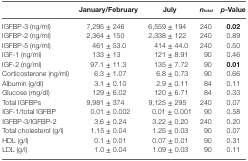
<table><thead><tr><td></td><td><b>January/February</b></td><td><b>July</b></td><td><b><i>n</i><sub>total</sub></b></td><td><b><i>p</i>-Value</b></td></tr></thead><tbody><tr><td>IGFBP-3 (ng/ml)</td><td>7,295 ± 246</td><td>6,559 ± 194</td><td>240</td><td><b>0.02</b></td></tr><tr><td>IGFBP-2 (ng/ml)</td><td>2,364 ± 150</td><td>2,338 ± 122</td><td>240</td><td>0.89</td></tr><tr><td>IGFBP-5 (ng/ml)</td><td>461 ± 53.0</td><td>414 ± 44.0</td><td>240</td><td>0.50</td></tr><tr><td>IGF-1 (ng/ml)</td><td>133 ± 13</td><td>121 ± 8.91</td><td>90</td><td>0.46</td></tr><tr><td>IGF-2 (ng/ml)</td><td>97.1 ± 11.3</td><td>135 ± 7.72</td><td>90</td><td><b>0.01</b></td></tr><tr><td>Corticosterone (ng/ml)</td><td>6.3 ± 1.07</td><td>6.8 ± 0.73</td><td>90</td><td>0.66</td></tr><tr><td>Albumin (g/dl)</td><td>3.1 ± 0.10</td><td>2.9 ± 0.11</td><td>84</td><td>0.11</td></tr><tr><td>Glucose (mg/dl)</td><td>129 ± 6.02</td><td>120 ± 6.71</td><td>84</td><td>0.33</td></tr><tr><td>Total IGFBPs</td><td>9,981 ± 374</td><td>9,125 ± 295</td><td>240</td><td>0.07</td></tr><tr><td>IGF-1/total IGFBP</td><td>0.01 ± 0.002</td><td>0.01 ± 0.001</td><td>90</td><td>0.58</td></tr><tr><td>IGFBP-3/IGFBP-2</td><td>3.6 ± 0.24</td><td>3.22 ± 0.20</td><td>240</td><td>0.20</td></tr><tr><td>Total cholesterol (g/l)</td><td>1.15 ± 0.04</td><td>1.25 ± 0.03</td><td>90</td><td>0.07</td></tr><tr><td>HDL (g/l)</td><td>0.1 ± 0.01</td><td>0.07 ± 0.01</td><td>90</td><td>0.31</td></tr><tr><td>LDL (g/l)</td><td>1.0 ± 0.04</td><td>1.09 ± 0.03</td><td>90</td><td>0.11</td></tr></tbody></table>